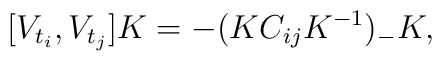
[V_{t_i}, V_{t_j}]K = -(KC_{ij} K^{-1})_- K,